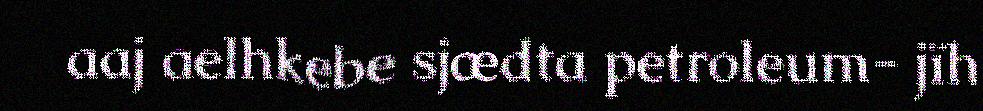
aaj aelhkebe sjædta petroleum- jïh